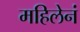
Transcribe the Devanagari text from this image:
महिलेनं